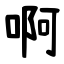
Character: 啊